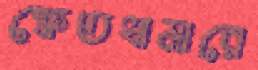
ক্ষেতখামারে